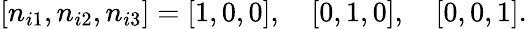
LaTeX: [n_{i1},n_{i2},n_{i3}]=[1,0,0],\quad[0,1,0],\quad[0,0,1].